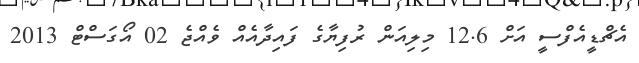
އެޗްޑީއެފްސީ އަށް 12.6 މިލިއަން ރުފިޔާގެ ފައިދާއެއް ވެއްޖެ 02 އޯގަސްޓް 2013